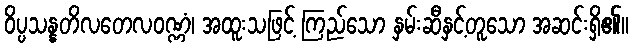
ဝိပ္ပသန္နတိလတေလဝဏ္ဏံ၊ အထူးသဖြင့် ကြည်သော နှမ်းဆီနှင့်တူသော အဆင်းရှိ၏။